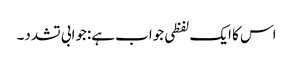
اس کا ایک لفظی جواب ہے:جوابی تشدد۔